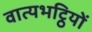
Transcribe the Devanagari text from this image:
वात्यभट्ठियों